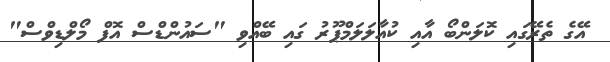
އޭގެ ތެރޭގައި ކޮލަންބޯ އާއި ކުއާލަލަމްޕޫރު ގައި ބޭއްވި "ސައުންޑްސް އޮފް މޯލްޑިވްސް"